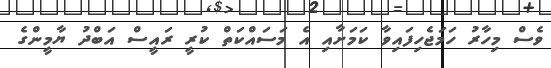
ވެސް މިހާރު ހަމަޖެހިފައިވާ ކަމަށާއި އެ މަސައްކަތް ކުރީ ރައީސް އަބްދު ޔާމީންގެ